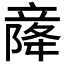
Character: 𫁫